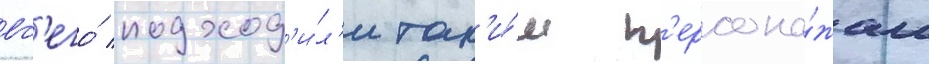
вс'его́ подход'и́л'и так'и́м п'ерсона́жам